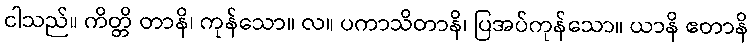
ငါသည်။ ကိတ္တိ တာနိ၊ ကုန်သော။ လ။ ပကာသိတာနိ၊ ပြအပ်ကုန်သော။ ယာနိ ဧတာနိ